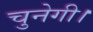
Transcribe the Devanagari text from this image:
चुनेगी।